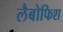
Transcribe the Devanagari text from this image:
लैबोफिश